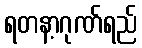
ရတနာ့ဂုဏ်ရည်